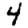
Digit: 4